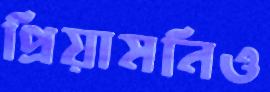
প্রিয়ামনিও